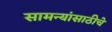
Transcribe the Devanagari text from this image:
सामन्यांसाठीचे